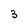
Character: 3